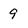
Character: 9